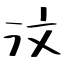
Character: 汶